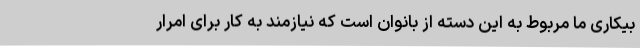
بیکاری ما مربوط به این دسته از بانوان است که نیازمند به کار برای امرار